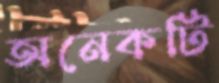
অনেকটি